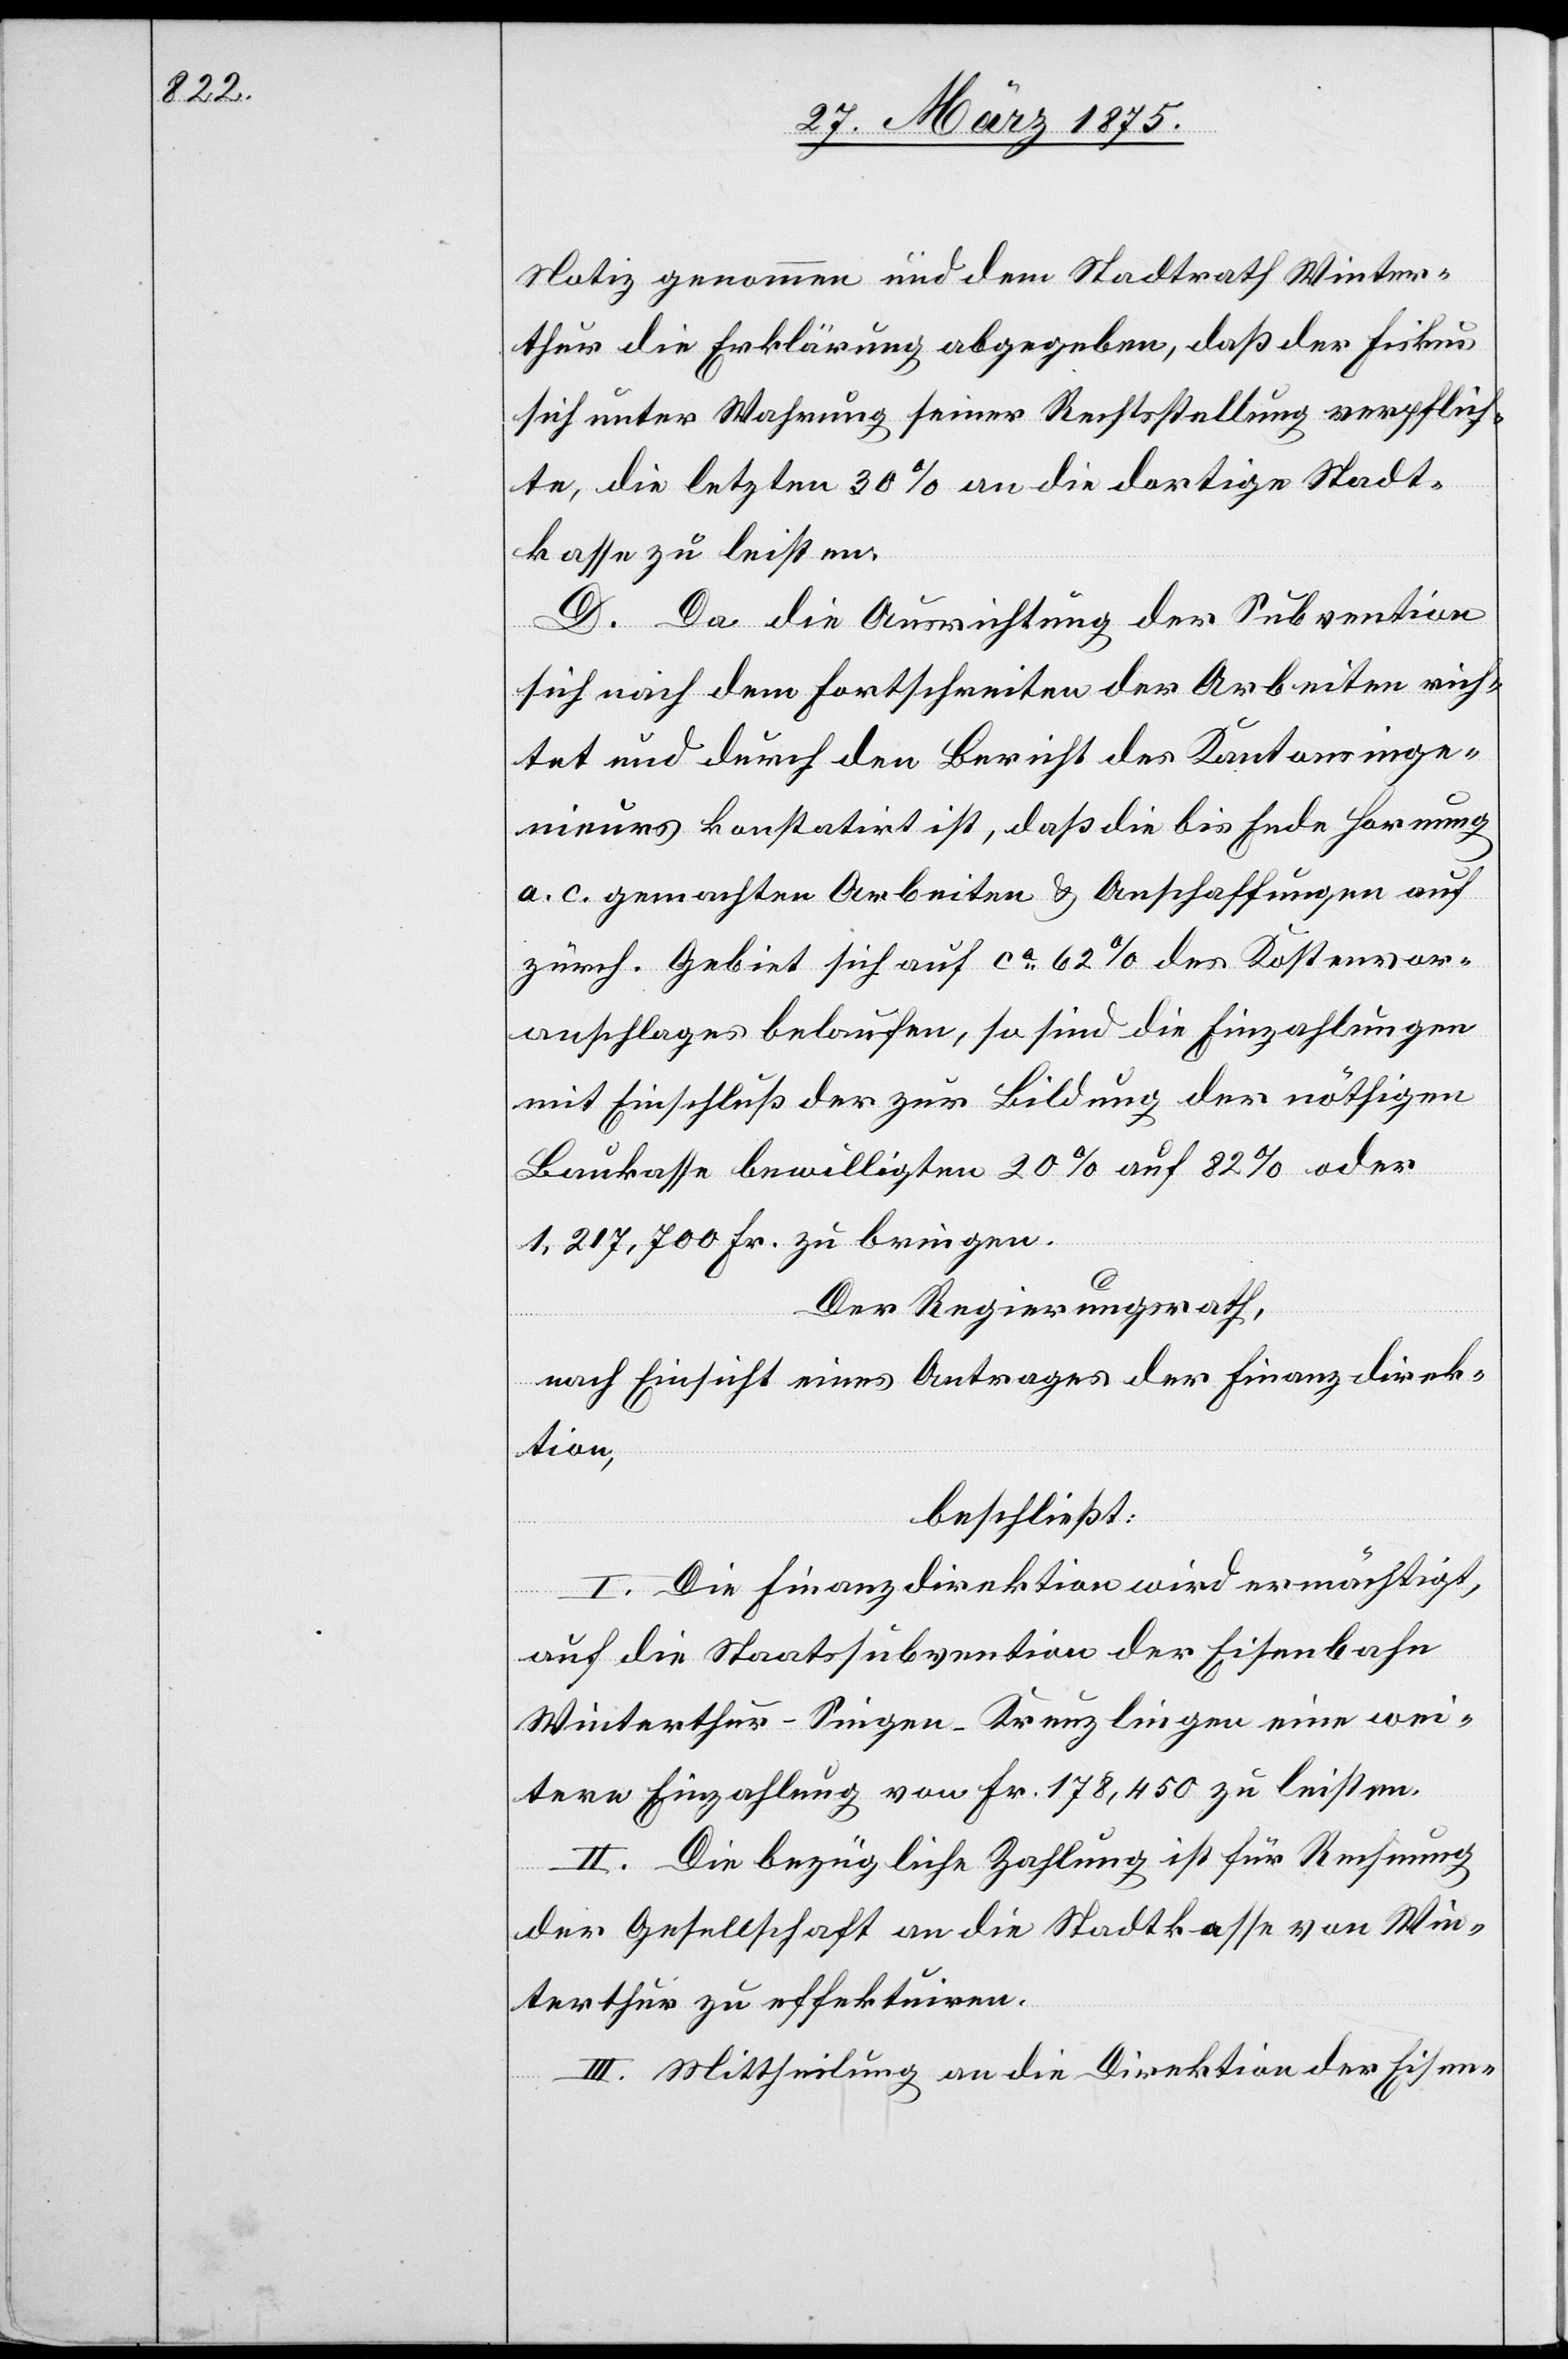
Notiz genommen und dem Stadtrath Winter¬
thur die Erklärung abgegeben, daß der Fiskus
sich unter Wahrung seiner Rechtsstellung verpflich¬
te, die letzten 30% an die dortige Stadt¬
kasse zu leisten.
D. Da die Ausrichtung der Subvention
sich nach dem Fortschreiten der Arbeiten rich¬
tet und durch den Bericht des Kantonsinge¬
nieurs konstatirt ist, daß die bis Ende Hornung
a. c. gemachten Arbeiten & Anschaffungen auf
zürch. Gebiet sich auf ca 62% des Kostenvor¬
anschlages belaufen, so sind die Einzahlungen
mit Einschluß der zur Bildung der nöthigen
Baukasse bewilligten 20% auf 82% oder
1,217,700 Fr. zu bringen.
Der Regierungsrath,
nach Einsicht eines Antrages der Finanzdirek¬
tion,
beschließt:
I. Die Finanzdirektion wird ermächtigt,
auf die Staatssubvention der Eisenbahn
Winterthur–Singen–Kreuzlingen eine wei¬
tere Einzahlung von Fr. 178,450 zu leisten.
II. Die bezügliche Zahlung ist für Rechnung
der Gesellschaft an die Stadtkasse von Win¬
terthur zu effektuiren.
III. Mittheilung an die Direktion der Eisen-